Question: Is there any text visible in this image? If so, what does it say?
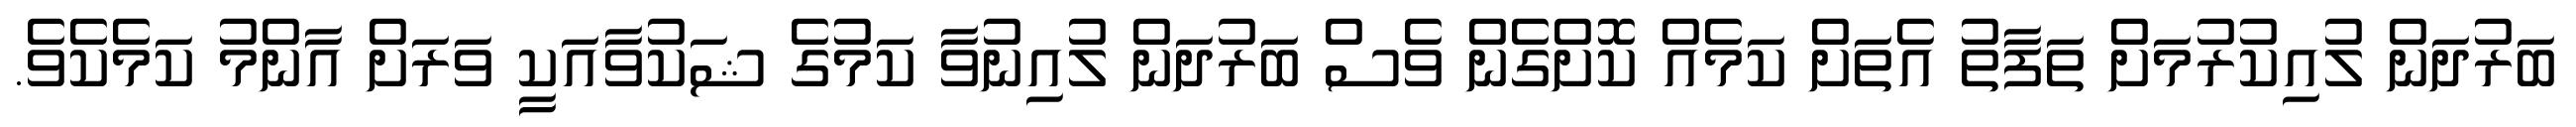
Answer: ބަރުދަން ލުއިކުރުމަށް ތަފާތު އެތަށް ކަމެއް ކޮށްގެން ވެސް ބަރުދަން ލުއިނުވާ ކަމުގެ ޝަކުވާއަކީ ވަރަށް އާންމު ކަމެކެވެ.